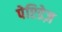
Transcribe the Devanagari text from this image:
पेप्टिडेज़